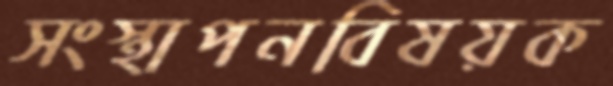
সংস্থাপনবিষয়ক